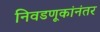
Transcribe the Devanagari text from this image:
निवडणूकांनंतर